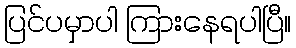
ပြင်ပမှာပါ ကြားနေရပါပြီ။